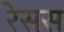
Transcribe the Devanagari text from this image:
रेसस